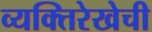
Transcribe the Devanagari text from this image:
व्यक्तिरेखेची